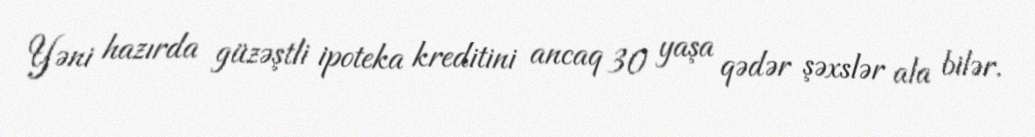
Yəni hazırda güzəştli ipoteka kreditini ancaq 30 yaşa qədər şəxslər ala bilər.